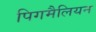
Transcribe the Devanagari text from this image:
पिगमैलियन